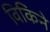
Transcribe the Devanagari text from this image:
विकिने